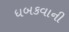
ધબકવાની